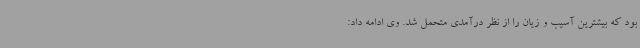
بود که بیشترین آسیب و زیان را از نظر درآمدی متحمل شد. وی ادامه داد: